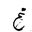
Letter: _gayn